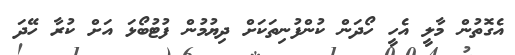
އެގޮތުން މާލީ އެހީ ހޯދަން ކުންފުނިތަކަށް ދިޔުމުން ފުޓުބޯޅަ އަށް ކުރާ ހޭދަ